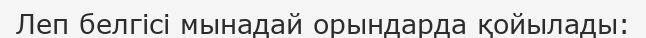
Леп белгісі мынадай орындарда қойылады: